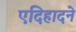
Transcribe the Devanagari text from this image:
एदिहादने